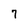
Character: 7